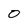
Character: O